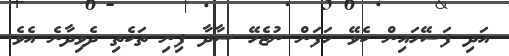
އަދި ފަސޭހައިން ކެވޭ ހަފަން ނުޖެހޭ ސާދާ ފިނި ތަކެތި ދެވިދާނެ އެވެ.